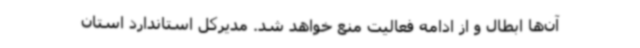
آن‌ها ابطال و از ادامه فعالیت منع خواهد شد. مدیرکل استاندارد استان